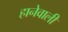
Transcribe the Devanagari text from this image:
हानेवाली